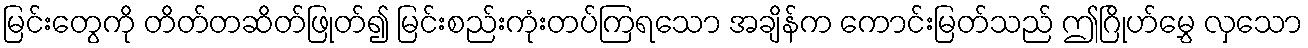
မြင်းတွေကို တိတ်တဆိတ်ဖြုတ်၍ မြင်းစည်းကုံးတပ်ကြရသော အချိန်က ကောင်းမြတ်သည် ဤဂြိုဟ်မွှေ လှသော